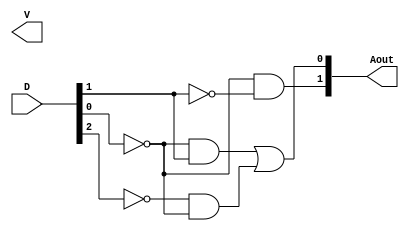
module  Lab2_encoder_4bit_gate_level (output [1:0] Aout, output V, input [3:0] D);

wire w1, w2, w3, w4,w5;
not(w1,D[0]);
not(w2,D[1]);
and(Aout[1],w1,w2);
and(w4,w1,D[1]);
not(w3,D[2]);
and(w5,w3,w1);
or(Aout[0],w4,w5);
endmodule